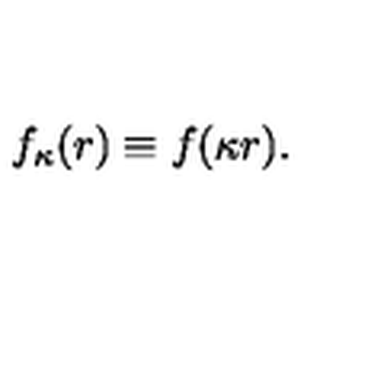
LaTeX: f _ { \kappa } ( r ) \equiv f ( \kappa r ) .